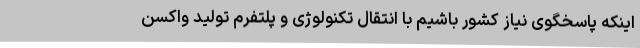
اینکه پاسخگوی نیاز کشور باشیم با انتقال تکنولوژی و پلتفرم تولید واکسن